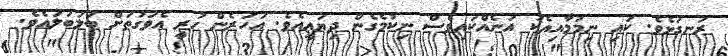
ރަނގަޅެވެ. ކައި ނިމުމާއިއެކު އަނެއްކައިވެސް ނިކުމެގެން ދިޔައީއެވެ. އަހަރެން ހުރީ އެވަގުތަށް ބަލަބަލައެވެ.